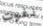
نفوت